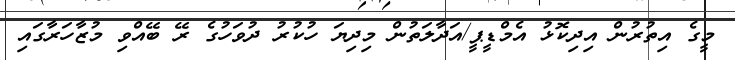
މީގެ އިތުރުން އިދިކޮޅު އެމްޑީޕީ/އަދާލަތުން މިދިޔަ ހުކުރު ދުވަހުގެ ރޭ ބޭއްވި މުޒާހަރާގައި